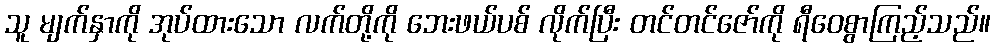
သူ မျက်နှာကို အုပ်ထားသော လက်တို့ကို ဘေးဖယ်ပစ် လိုက်ပြီး တင်တင်ဇော်ကို ရီဝေစွာကြည့်သည်။